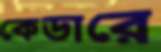
কেডারে